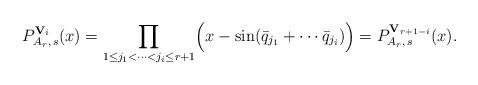
LaTeX: \begin{align*}P_{A_r,\,s}^{{\bf V}_i}(x)=\prod_{1\leq j_1<\cdots<j_i\leq r+1} \Bigl(x-\sin(\bar{q}_{j_1}+\cdots\bar{q}_{j_i})\Bigr) =P_{A_r,\,s}^{{\bf V}_{r+1-i}}(x). \end{align*}